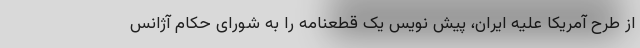
از طرح آمریکا علیه ایران، پیش نویس یک قطعنامه را به شورای حکام آژانس